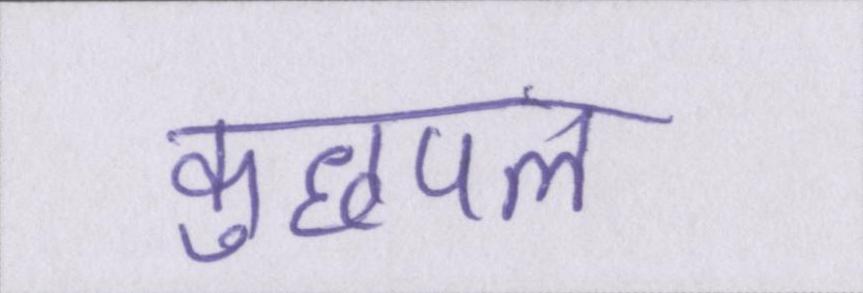
कुछपल